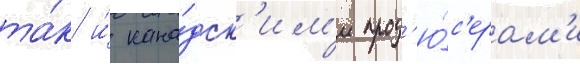
та́к и́ кана́дск'им'и прод'ю́с'ерам'и